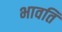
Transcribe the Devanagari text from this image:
भावति